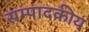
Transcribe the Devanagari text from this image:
सम्‍पादकीय